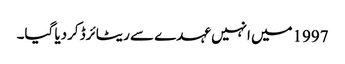
1997میں انہیں عہدے سے ریٹائرڈ کردیا گیا۔